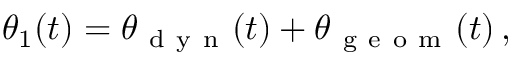
\theta _ { 1 } ( t ) = \theta _ { \mathrm { ~ d ~ y ~ n ~ } } ( t ) + \theta _ { \mathrm { ~ g ~ e ~ o ~ m ~ } } ( t ) \, ,